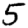
Digit: 5